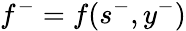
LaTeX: f^{-}=f(s^{-},y^{-})